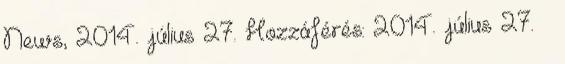
News, 2014. július 27. Hozzáférés: 2014. július 27. ↑